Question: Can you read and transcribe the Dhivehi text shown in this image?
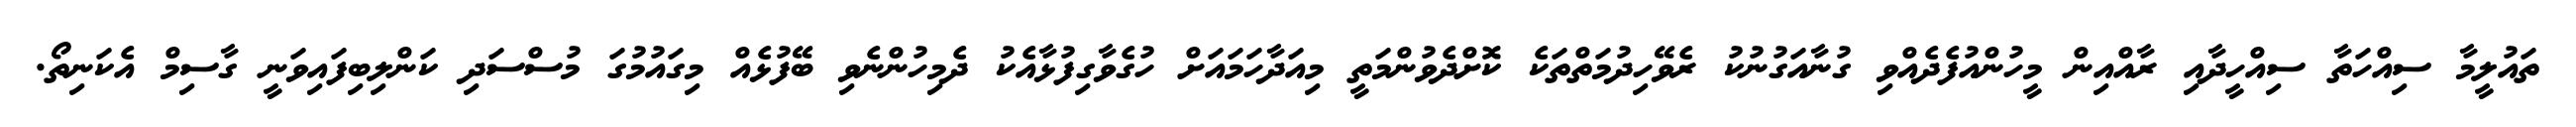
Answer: ތައުލީމާ ސިއްހަތާ ސިއްހީދާއި ރާއްއިން މީހުންއުފެދެއްވި ގުނާއަގުނުކު ރެވޭހިދުމަތްތަކެ ކޮށްދެވުންމަތީ މިއަދާހަމައަށް ހުގެވާގިފުޅާއެކު ދެމިހުންނެވި ބޭފުޅެއް މިގައުމުގަ މުސްސަދި ކަންލިބިފައިވަނީ ގާސިމް އެކަނިތޯ.